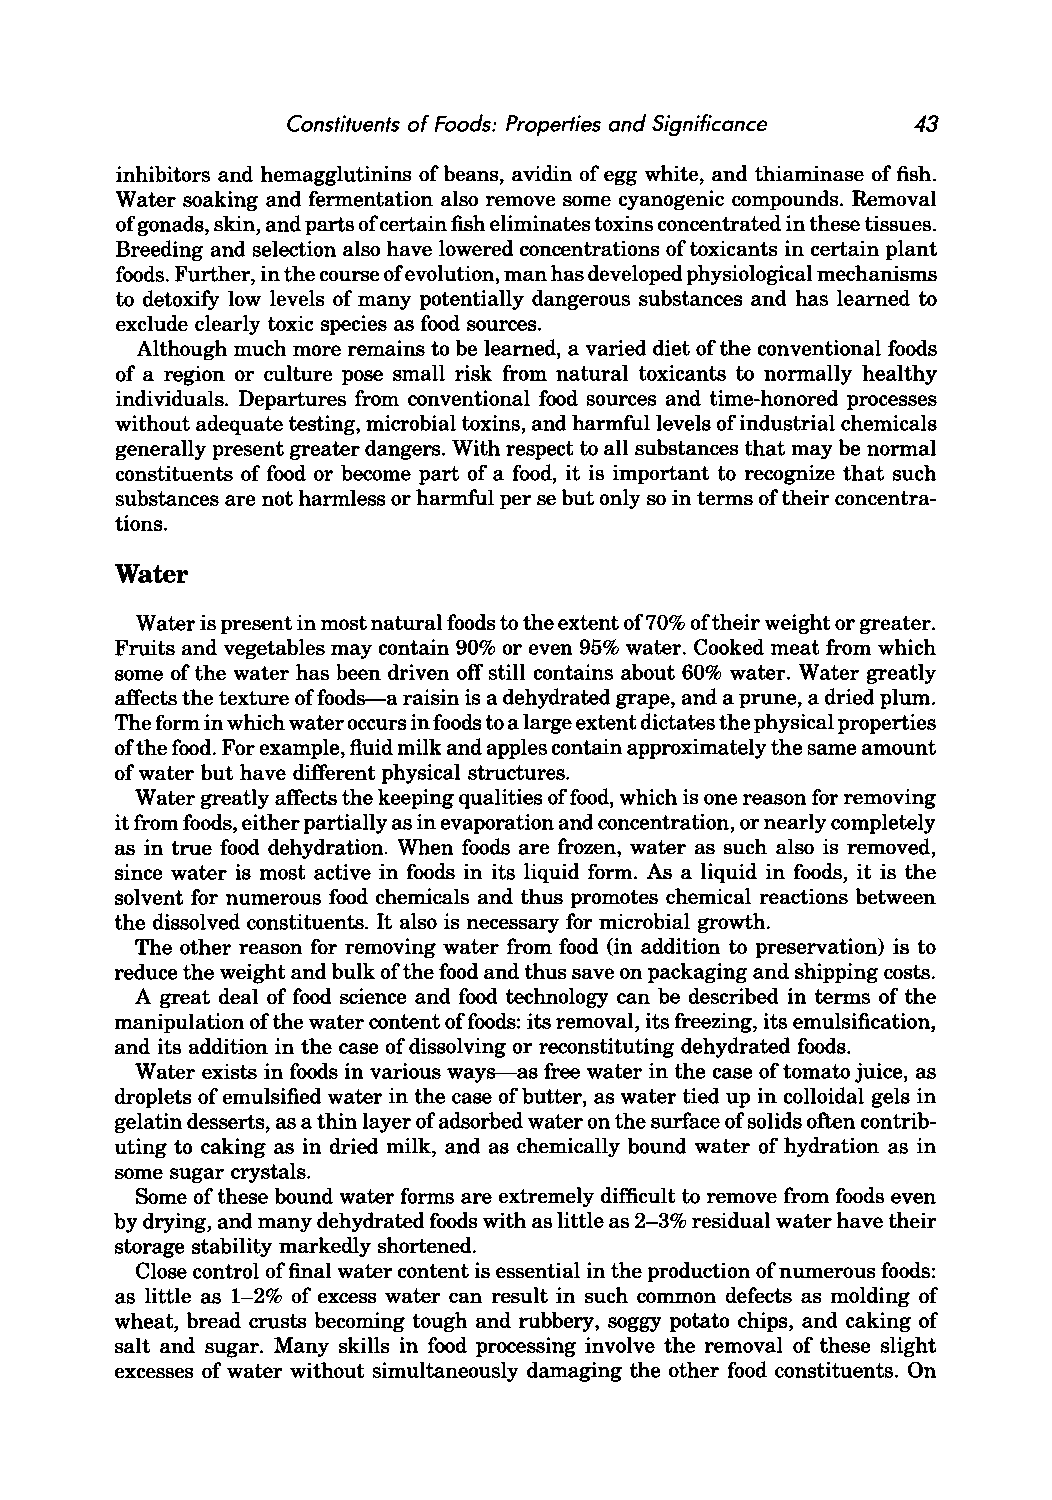
Constituents of Foods: Properties and Significance 43
 inhibitors and hemagglutinins of beans, avidin of egg white, and thiaminase of fish.
 Water soaking and fermentation also remove some cyanogenic compounds. Removal
 of gonads, skin, and parts of certain fish eliminates toxins concentrated in these tissues.
 Breeding and selection also have lowered concentrations of toxicants in certain plant
 foods. Further, in the course of evolution, man has developed physiological mechanisms
 to detoxify low levels of many potentially dangerous substances and has learned to
 exclude clearly toxic species as food sources.
 Although much more remains to be learned, a varied diet of the conventional foods
 of a region or culture pose small risk from natural toxicants to normally healthy
 individuals. Departures from conventional food sources and time-honored processes
 without adequate testing, microbial toxins, and harmful levels of industrial chemicals
 generally present greater dangers. With respect to all substances that may be normal
 constituents of food or become part of a food, it is important to recognize that such
 substances are not harmless or harmful per se but only so in terms of their concentra
 tions.
 Water
 Water is present in most natural foods to the extent of70% of their weight or greater.
 Fruits and vegetables may contain 90% or even 95% water. Cooked meat from which
 some of the water has been driven off still contains about 60% water. Water greatly
 affects the texture of foods-a raisin is a dehydrated grape, and a prune, a dried plum.
 The form in which water occurs in foods to a large extent dictates the physical properties
 of the food. For example, fluid milk and apples contain approximately the same amount
 of water but have different physical structures.
 Water greatly affects the keeping qualities offood, which is one reason for removing
 it from foods, either partially as in evaporation and concentration, or nearly completely
 as in true food dehydration. When foods are frozen, water as such also is removed,
 since water is most active in foods in its liquid form. As a liquid in foods, it is the
 solvent for numerous food chemicals and thus promotes chemical reactions between
 the dissolved constituents. It also is necessary for microbial growth.
 The other reason for removing water from food (in addition to preservation) is to
 reduce the weight and bulk of the food and thus save on packaging and shipping costs.
 A great deal of food science and food technology can be described in terms of the
 manipulation of the water content of foods: its removal, its freezing, its emulsification,
 and its addition in the case of dissolving or reconstituting dehydrated foods.
 Water exists in foods in various ways-as free water in the case of tomato juice, as
 droplets of emulsified water in the case of butter, as water tied up in colloidal gels in
 gelatin desserts, as a thin layer of adsorbed water on the surface of solids often contrib
 uting to caking as in dried milk, and as chemically bound water of hydration as in
 some sugar crystals.
 Some of these bound water forms are extremely difficult to remove from foods even
 by drying, and many dehydrated foods with as little as 2-3% residual water have their
 storage stability markedly shortened.
 Close control of final water content is essential in the production of numerous foods:
 as little as 1-2% of excess water can result in such common defects as molding of
 wheat, bread crusts becoming tough and rubbery, soggy potato chips, and caking of
 salt and sugar. Many skills in food processing involve the removal of these slight
 excesses of water without simultaneously damaging the other food constituents. On